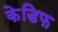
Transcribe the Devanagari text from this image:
केडिफ